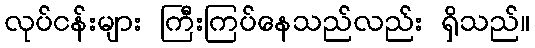
လုပ်ငန်းများ ကြီးကြပ်နေသည်လည်း ရှိသည်။